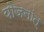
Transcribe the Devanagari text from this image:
योजनांत्‌